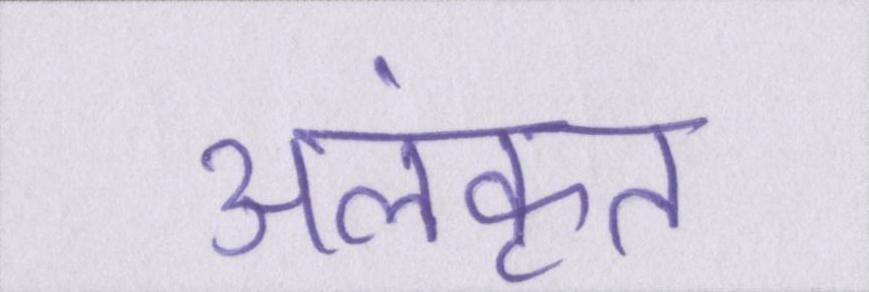
अलंकृत